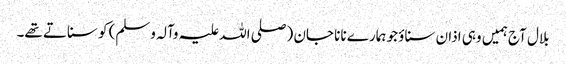
بلال آج ہمیں وہی اذان سناؤ جو ہمارے نانا جان (صلی اللہ علیہ وآلہ وسلم) کو سناتے تھے۔